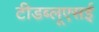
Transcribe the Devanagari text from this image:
टीडब्लूएसई